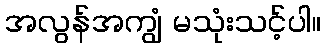
အလွန်အကျွံ မသုံးသင့်ပါ။